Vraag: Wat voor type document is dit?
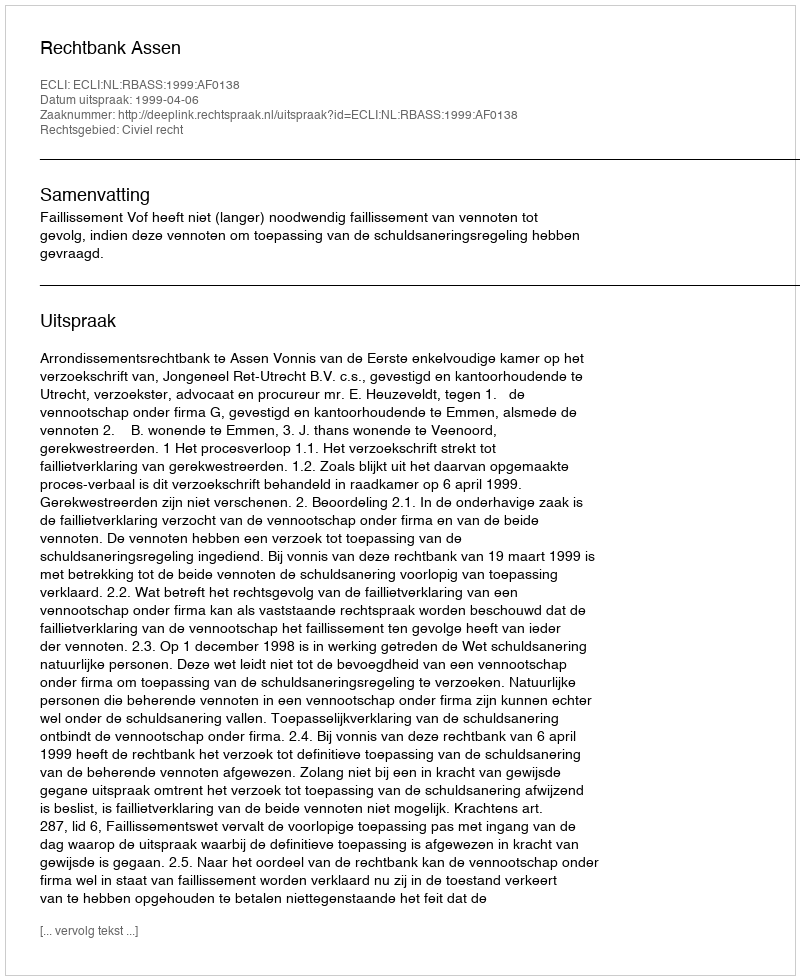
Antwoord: Uitspraak